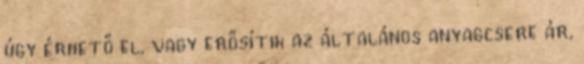
úgy érhető el, vagy erősítik az általános anyagcsere ár,